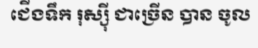
ជើងទឹក រុស្ស៊ី ជាច្រើន បាន ចូល